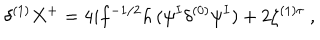
LaTeX: \delta ^ { ( 1 ) } X ^ { + } = 4 i f ^ { - 1 / 2 } h \, ( \psi ^ { I } \delta ^ { ( 0 ) } \psi ^ { I } ) + 2 \zeta ^ { ( 1 ) \tau } ~ ,